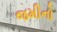
જમીનો